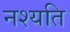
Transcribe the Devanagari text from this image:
नश्यति